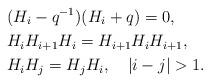
LaTeX: \begin{align*}&(H_i -q^{-1})(H_i +q) = 0,\\&H_i H_{i+1} H_i = H_{i+1} H_i H_{i+1},\\&H_i H_j = H_j H_i, \quad |i-j| >1.\end{align*}